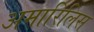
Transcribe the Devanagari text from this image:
अमारिलिस